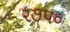
૨૭૫૦